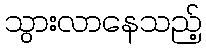
သွားလာနေသည့်